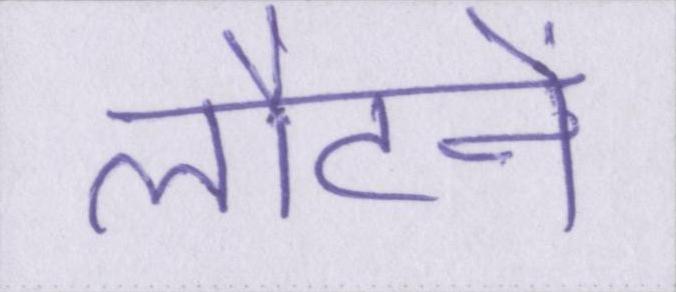
लौटने